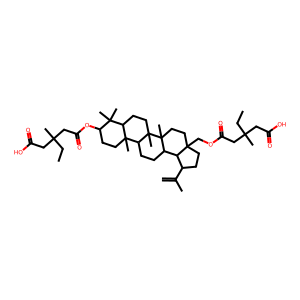
SMILES: C=C(C)C1CCC2(COC(=O)CC(C)(CC)CC(=O)O)CCC3(C)C(CCC4C5(C)CCC(OC(=O)CC(C)(CC)CC(=O)O)C(C)(C)C5CCC43C)C12
Inhibits HIV replication: No